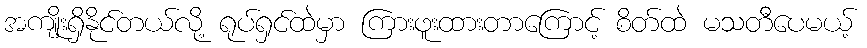
အကျိုးရှိနိုင်တယ်လို့ ရုပ်ရှင်ထဲမှာ ကြားဖူးထားတာကြောင့် စိတ်ထဲ မသတီပေမယ့်